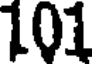
101